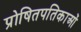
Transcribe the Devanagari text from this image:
प्रोषितपतिकाओं